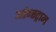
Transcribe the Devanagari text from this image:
आंग्स्ट्राम